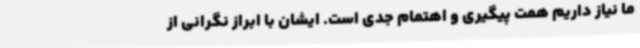
ما نیاز داریم همت پیگیری و اهتمام جدی است. ایشان با ابراز نگرانی از